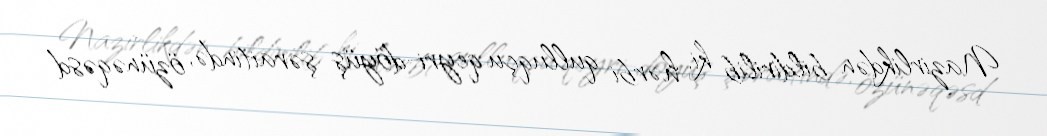
Nazirlikdən bildirilib ki, hərbi qulluqçu qeyri-döyüş şəraitində, özünəqəsd